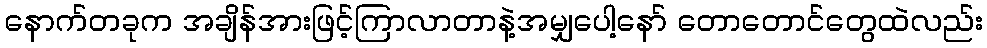
နောက်တခုက အချိန်အားဖြင့်ကြာလာတာနဲ့အမျှပေါ့နော် တောတောင်တွေထဲလည်း